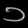
Digit: ၁